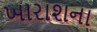
ખારાશના